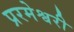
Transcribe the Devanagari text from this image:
प्ररमेश्वरी